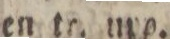
en tr. urp.